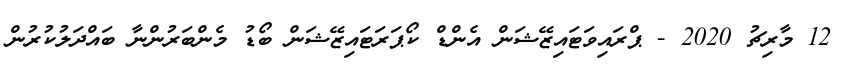
12 މާރިޗު 2020 - ޕްރައިވަޓައިޒޭޝަން އެންޑް ކޯޕަރަޓައިޒޭޝަން ބޯޑު މެންބަރުންނާ ބައްދަލުކުރުން